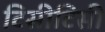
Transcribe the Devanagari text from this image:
टिसीटिसी